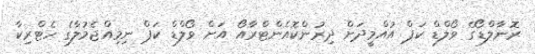
ރޮނާލްޑޯގެ ވޯލްޑް ކަޕް އުއްމީދަށް ދިރުންކޮއެންޓްރާއޯ އަށް ވޯލްޑް ކަޕް ނިމިއްޖެމުލާގެ ހެޓްރިކާ